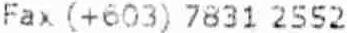
FAX (+0603) 7831 2552